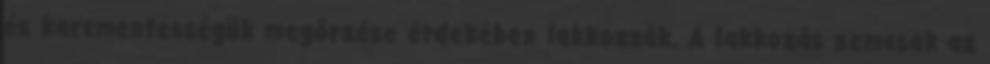
és karcmentességük megőrzése érdekében lakkozzák. A lakkozás nemcsak az